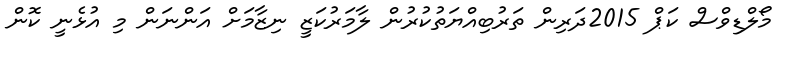
މޯލްޑިވްސް ކަޕް 2015ދަރިން ތަރުބިއްޔަތުކުރުން ލާމަރުކަޒީ ނިޒާމަށް އަންނަން މި އުޅެނީ ކޮން